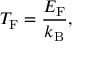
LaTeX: T _ { \mathrm { F } } = { \frac { E _ { \mathrm { F } } } { k _ { \mathrm { B } } } } ,